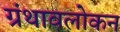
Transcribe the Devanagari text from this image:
ग्रंथावलोकन